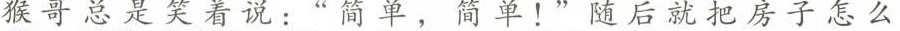
猴哥总是笑 ：简单，简单！随后就把房子怎么